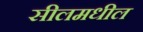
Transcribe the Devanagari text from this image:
सीलमधील